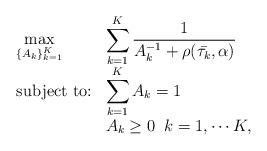
LaTeX: \begin{align*}\begin{array} {ll}\displaystyle \max_{\{A_{k}\}_{k =1}^{K}} & \displaystyle \sum_{k = 1}^{K} \frac{1}{A_{k}^{-1} + \rho(\bar{\tau_{k}}, \alpha)} \\\mbox{subject to:} & \displaystyle \sum_{k = 1}^{K} A_{k} = 1 \\& A_{k} \geq 0 \; \; k = 1,\cdots K,\end{array}\end{align*}